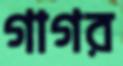
গাগর